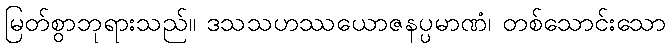
မြတ်စွာဘုရားသည်။ ဒသသဟဿယောဇနပ္ပမာဏံ၊ တစ်သောင်းသော